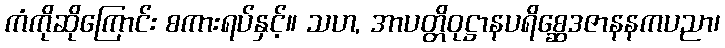
ကံကိုဆိုကြောင်း စကားရပ်နှင့်။ သဟ, အာပတ္တိဝုဋ္ဌာနပရိစ္ဆေဒဇာနနကပညာ၊